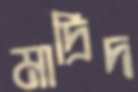
মাদ্রিদ